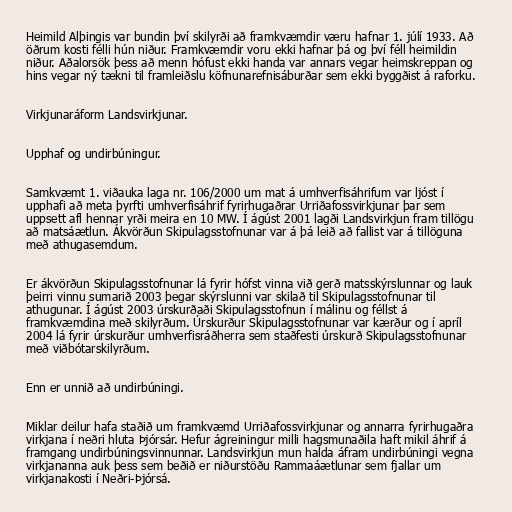
Heimild Alþingis var bundin því skilyrði að framkvæmdir væru hafnar 1. júlí 1933. Að
öðrum kosti félli hún niður. Framkvæmdir voru ekki hafnar þá og því féll heimildin
niður. Aðalorsök þess að menn hófust ekki handa var annars vegar heimskreppan og
hins vegar ný tækni til framleiðslu köfnunarefnisáburðar sem ekki byggðist á raforku.

Virkjunaráform Landsvirkjunar.

Upphaf og undirbúningur.

Samkvæmt 1. viðauka laga nr. 106/2000 um mat á umhverfisáhrifum var ljóst í
upphafi að meta þyrfti umhverfisáhrif fyrirhugaðrar Urriðafossvirkjunar þar sem
uppsett afl hennar yrði meira en 10 MW. Í ágúst 2001 lagði Landsvirkjun fram tillögu
að matsáætlun. Ákvörðun Skipulagsstofnunar var á þá leið að fallist var á tillöguna
með athugasemdum.

Er ákvörðun Skipulagsstofnunar lá fyrir hófst vinna við gerð matsskýrslunnar og lauk
þeirri vinnu sumarið 2003 þegar skýrslunni var skilað til Skipulagsstofnunar til
athugunar. Í ágúst 2003 úrskurðaði Skipulagsstofnun í málinu og féllst á
framkvæmdina með skilyrðum. Úrskurður Skipulagsstofnunar var kærður og í apríl
2004 lá fyrir úrskurður umhverfisráðherra sem staðfesti úrskurð Skipulagsstofnunar
með viðbótarskilyrðum.

Enn er unnið að undirbúningi.

Miklar deilur hafa staðið um framkvæmd Urriðafossvirkjunar og annarra fyrirhugaðra
virkjana í neðri hluta Þjórsár. Hefur ágreiningur milli hagsmunaðila haft mikil áhrif á
framgang undirbúningsvinnunnar. Landsvirkjun mun halda áfram undirbúningi vegna
virkjananna auk þess sem beðið er niðurstöðu Rammaáætlunar sem fjallar um
virkjanakosti í Neðri-Þjórsá.